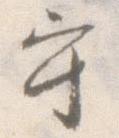
守